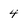
Character: 4